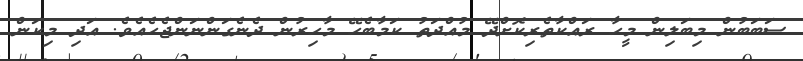
ސަބަބުން މިބަލިން މީހާ ރައްކާތެރިކޮށްދޭ މުއްދަތު ކަމާބެހޭ މާހިރުން ދެނެގަންނަންޖެހެއެވެ. އަދި މިކަން